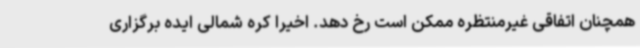
همچنان اتفاقی غیرمنتظره ممکن است رخ دهد. اخیرا کره شمالی ایده برگزاری